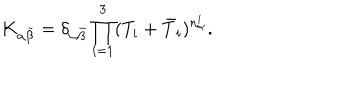
LaTeX: K _ { \alpha \bar { \beta } } = \delta _ { \alpha \bar { \beta } } \prod _ { i = 1 } ^ { 3 } ( T _ { i } + \bar { T } _ { i } ) ^ { n _ { \alpha } ^ { i } } .